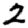
Digit: 2